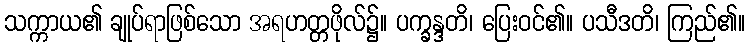
သက္ကာယ၏ ချုပ်ရာဖြစ်သော အရဟတ္တဖိုလ်၌။ ပက္ခန္ဒတိ၊ ပြေးဝင်၏။ ပသီဒတိ၊ ကြည်၏။